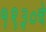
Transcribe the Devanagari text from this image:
१९३०चे